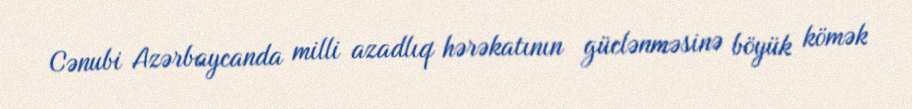
Cənubi Azərbaycanda milli azadlıq hərəkatının güclənməsinə böyük kömək